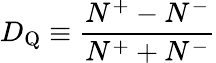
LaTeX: D_{\mathrm{Q}}\equiv{\frac{N^{+}-N^{-}}{N^{+}+N^{-}}}